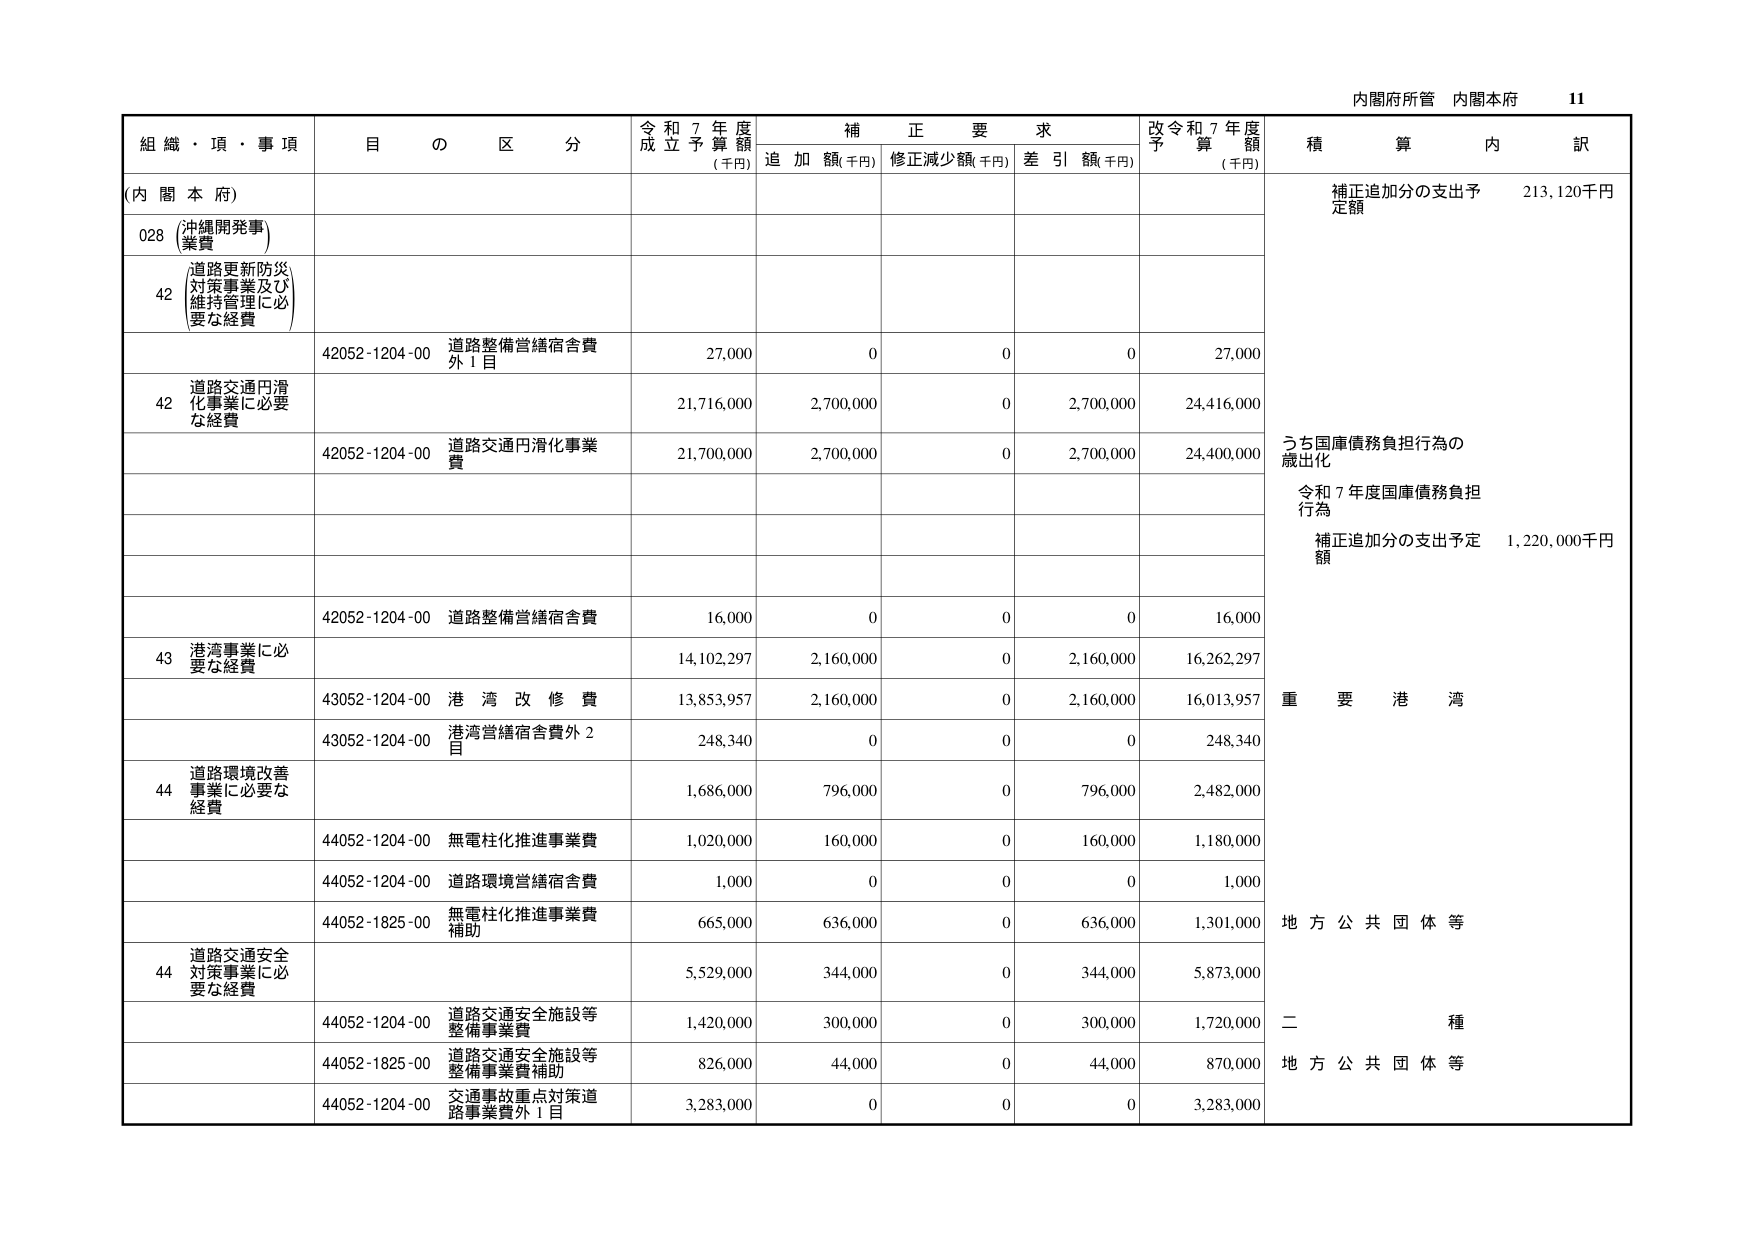
内閣府所管 内閣本府 11

組織・項・事項 目の区分 令和7年度成立予算額(千円) 補正要求 追加額(千円) 修正減少額(千円) 差引額(千円) 改令和7年度予算額(千円) 積算内訳

(内閣本府)

028 沖縄開発事業費

42 道路更新防災対策事業及び維持管理に必要な経費

42052-1204-00 道路整備営繕宿舎費外1目 27,000 0 0 0 27,000

42 道路交通円滑化事業に必要な経費 21,716,000 2,700,000 0 2,700,000 24,416,000

42052-1204-00 道路交通円滑化事業費 21,700,000 2,700,000 0 2,700,000 24,400,000

補正追加分の支出予定額 213,120千円

うち国庫債務負担行為の歳出化

令和7年度国庫債務負担行為

補正追加分の支出予定額 1,220,000千円

43 港湾事業に必要な経費

42052-1204-00 道路整備営繕宿舎費 16,000 0 0 0 16,000

43052-1204-00 港湾改修費 13,853,957 2,160,000 0 2,160,000 16,013,957

43052-1204-00 港湾営繕宿舎費外2目 248,340 0 0 0 248,340

重要港湾

44 道路環境改善事業に必要な経費 1,686,000 796,000 0 796,000 2,482,000

44052-1204-00 無電柱化推進事業費 1,020,000 160,000 0 160,000 1,180,000

44052-1204-00 道路環境営繕宿舎費 1,000 0 0 0 1,000

44052-1825-00 無電柱化推進事業費補助 665,000 636,000 0 636,000 1,301,000

地方公共団体等

44 道路交通安全対策事業に必要な経費 5,529,000 344,000 0 344,000 5,873,000

44052-1204-00 道路交通安全施設等整備事業費 1,420,000 300,000 0 300,000 1,720,000

44052-1825-00 道路交通安全施設等整備事業費補助 826,000 44,000 0 44,000 870,000

44052-1204-00 交通事故重点対策道路事業費外1目 3,283,000 0 0 0 3,283,000

二種

地方公共団体等